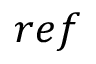
r e f